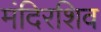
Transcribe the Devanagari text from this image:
मंदिरशिव